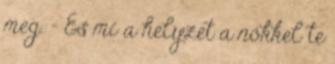
meg. - És mi a helyzet a nőkkel te